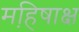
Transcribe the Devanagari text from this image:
महि़षाक्ष